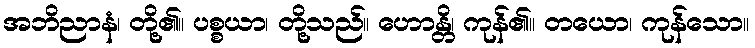
အဘိညာနံ၊ တို့၏။ ပစ္စယာ၊ တို့သည်။ ဟောန္တိ၊ ကုန်၏။ တယော၊ ကုန်သော။